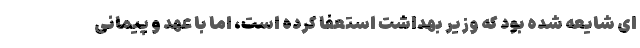
ای شایعه شده بود که وزیر بهداشت استعفا کرده است، اما با عهد و پیمانی